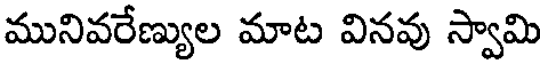
మునివరేణ్యుల మాట వినవు స్వామి